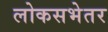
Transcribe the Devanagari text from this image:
लोकसभेतर